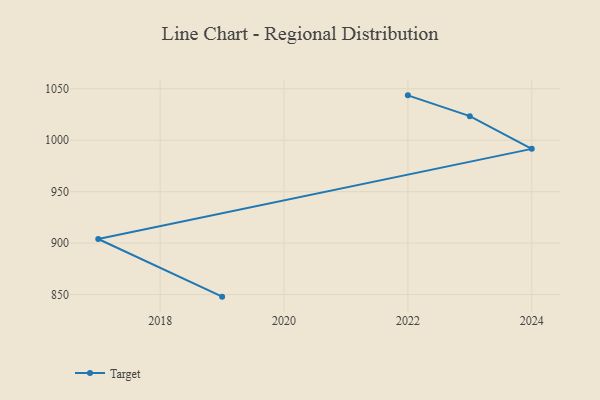
{"axis": {"x": "Year", "y": "Headcount"}, "legend": ["Target"], "data": [{"x": "2022", "y": 1043.6, "type": "Target"}, {"x": "2023", "y": 1023.4, "type": "Target"}, {"x": "2024", "y": 991.6, "type": "Target"}, {"x": "2017", "y": 904.0, "type": "Target"}, {"x": "2019", "y": 848.0, "type": "Target"}]}